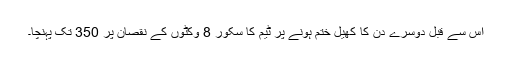
اس سے قبل دوسرے دن کا کھیل ختم ہونے پر ٹیم کا سکور 8 وکٹوں کے نقصان پر 350 تک پہنچا۔